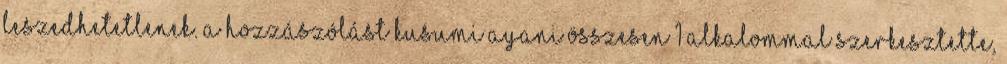
Leszedhetetlenek. A hozzászólást Kusumi Ayani összesen 1 alkalommal szerkesztette,